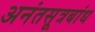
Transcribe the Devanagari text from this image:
अनंतसूत्रबांध